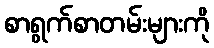
စာရွက်စာတမ်းများကို